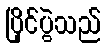
ပြိုင်ပွဲသည်